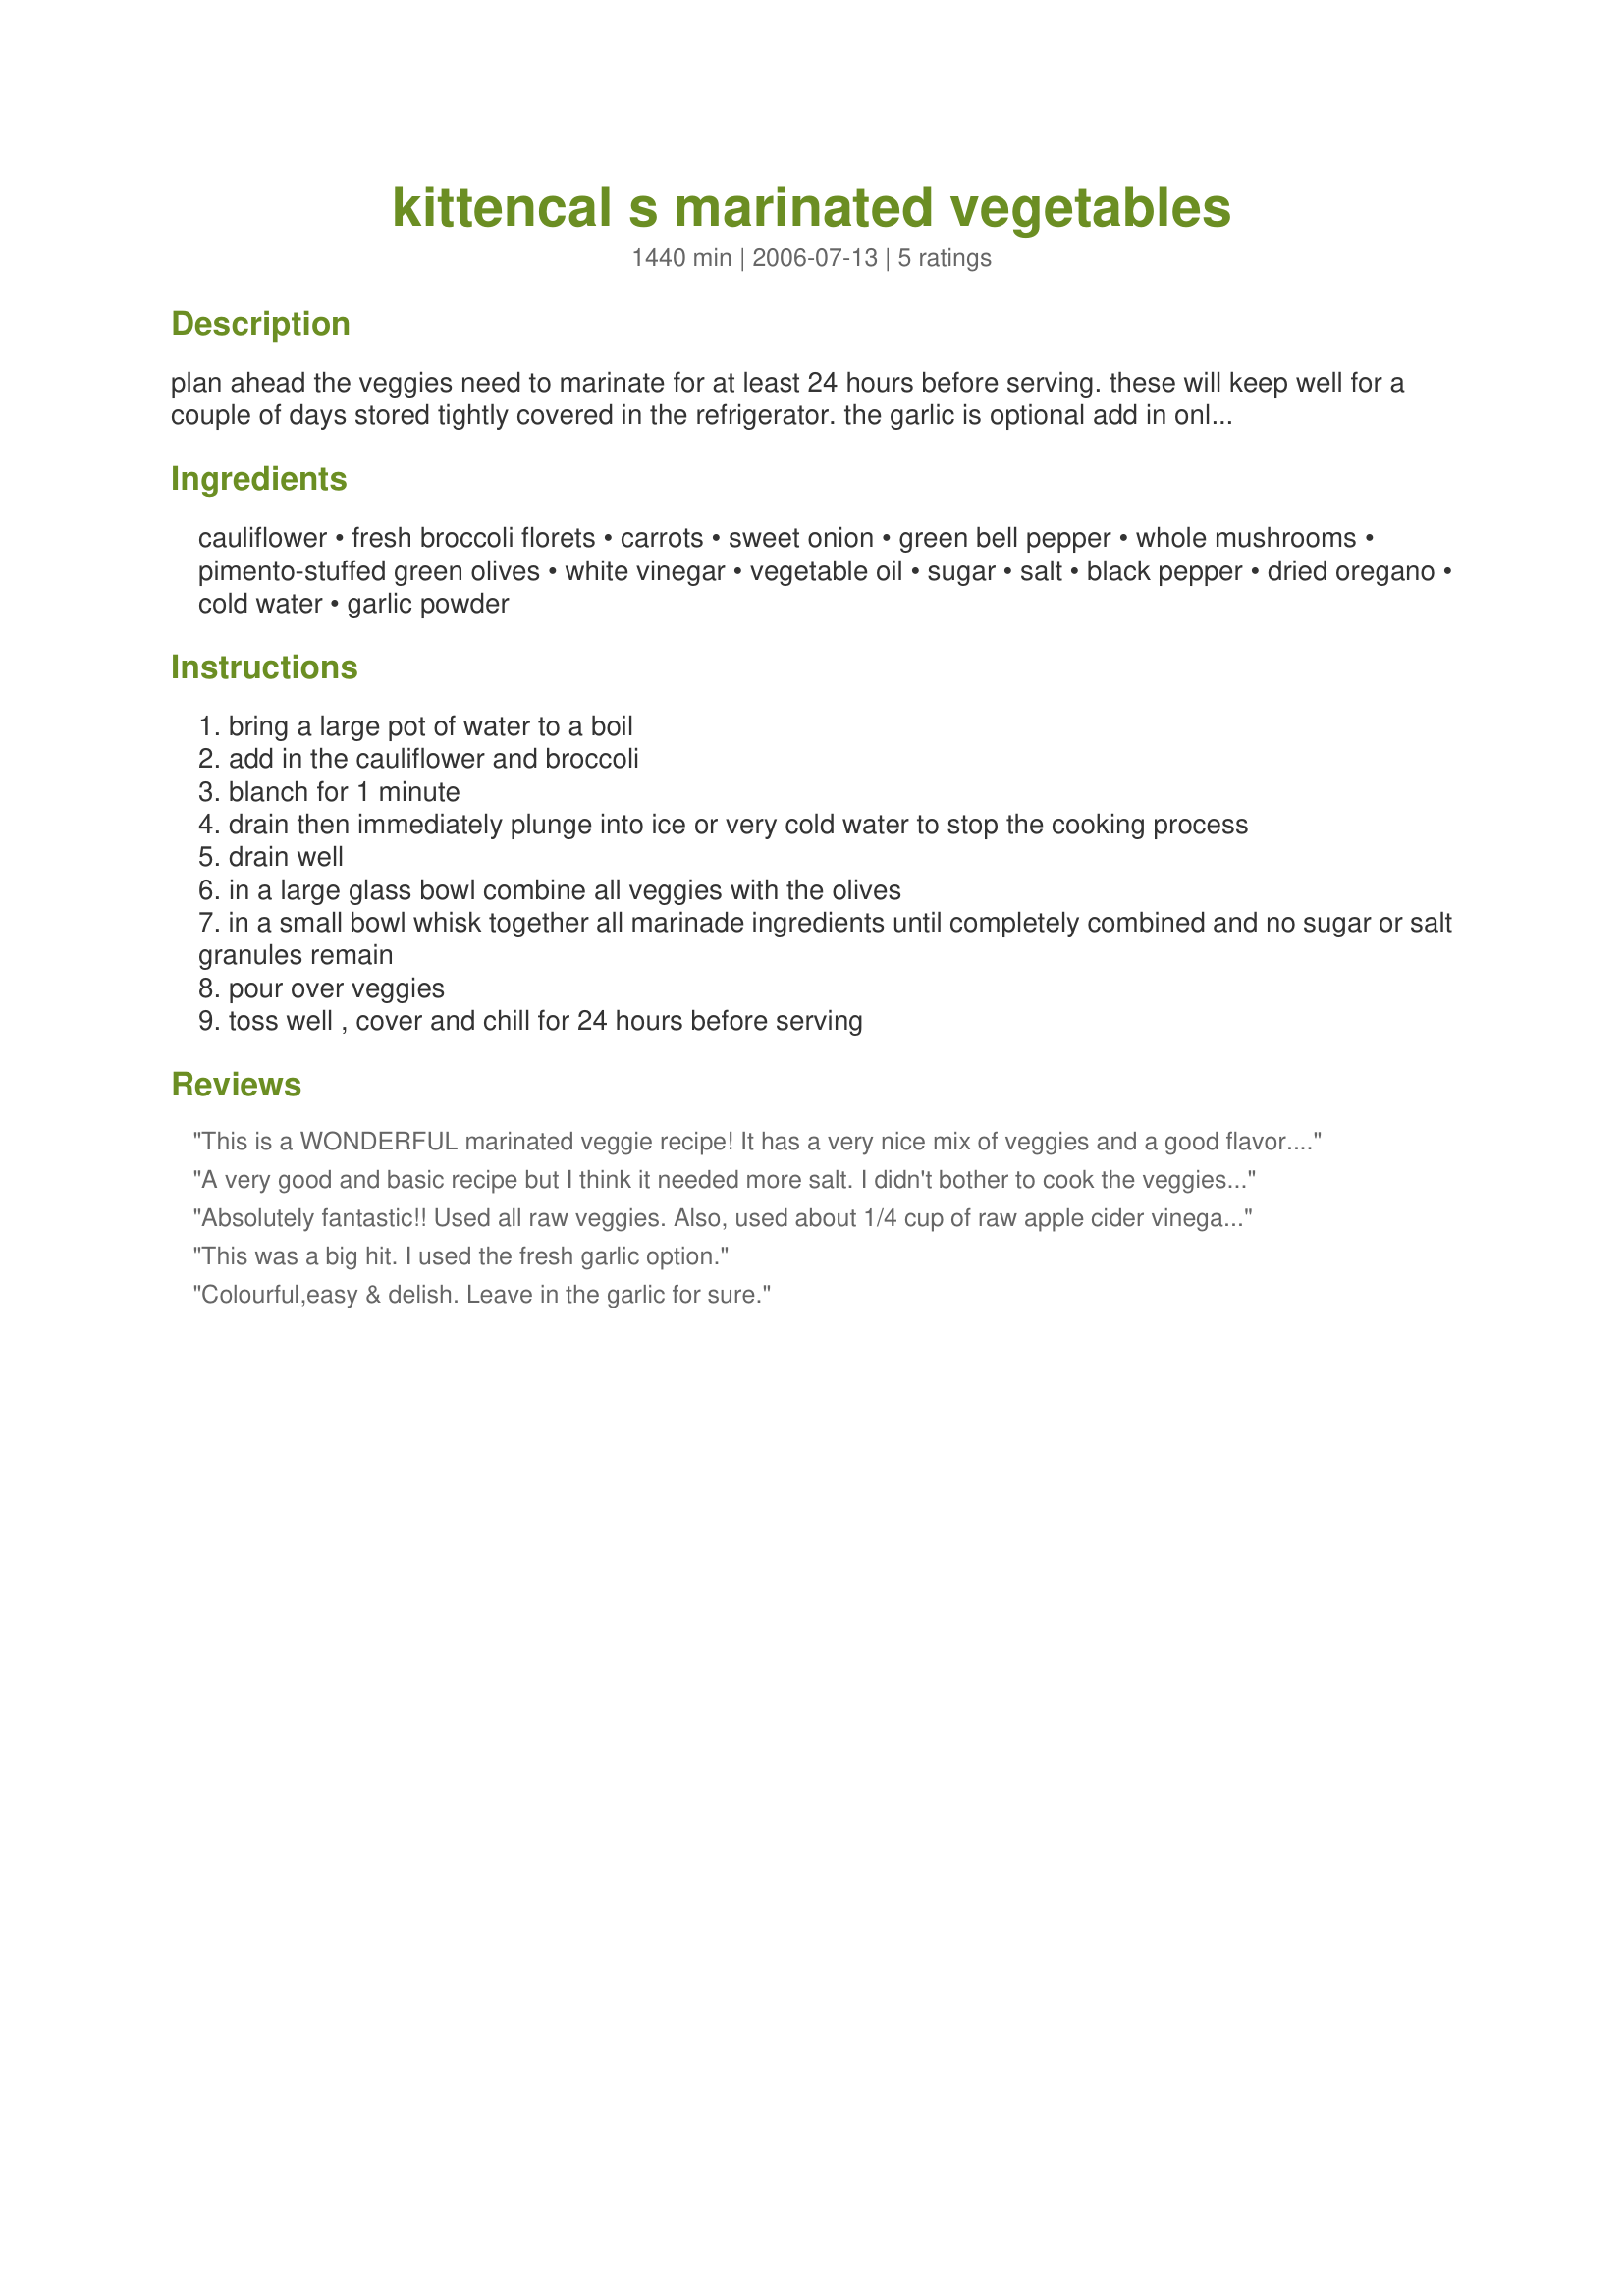
kittencal s marinated vegetables
Preparation time: 1440 minutes

plan ahead the veggies need to marinate for at least 24 hours before serving. these will keep well for a couple of days stored tightly covered in the refrigerator. the garlic is optional add in only if you are a garlic-lover as it tends to overpower the marinade! you can use pitted black olives in place of the green, add in some crushed red chili flakes for heat if desired :)

Ingredients:
cauliflower, fresh broccoli florets, carrots, sweet onion, green bell pepper, whole mushrooms, pimento-stuffed green olives, white vinegar, vegetable oil, sugar, salt, black pepper, dried oregano, cold water, garlic powder

Steps:
bring a large pot of water to a boil
add in the cauliflower and broccoli
blanch for 1 minute
drain then immediately plunge into ice or very cold water to stop the cooking process
drain well
in a large glass bowl combine all veggies with the olives
in a small bowl whisk together all marinade ingredients until completely combined and no sugar or salt granules remain
pour over veggies
toss well , cover and chill for 24 hours before serving

Reviews:
This is a WONDERFUL marinated veggie recipe! It has a very nice mix of veggies and a good flavor. I used everything, including the fresh garlic. I did use Enova oil and subbed Splenda for the sugar. I heated the marinade for 2 minutes in the microwave. The colors of this salad remind me of the 70's and it's great for Halloween! Made for 1-2-3 hit wonders.
A very good and basic recipe but I think it needed more salt. I didn't bother to cook the veggies at all and they softened up very nicely. Next time I will add some more kosher salt or maybe even season salt to see how it turns out.
Absolutely fantastic!! Used all raw veggies. Also, used about 1/4 cup of raw apple cider vinegar instead of the 3/4 cup white vinegar. Superb!!
This was a big hit. I used the fresh garlic option.
Colourful,easy & delish. Leave in the garlic for sure.
